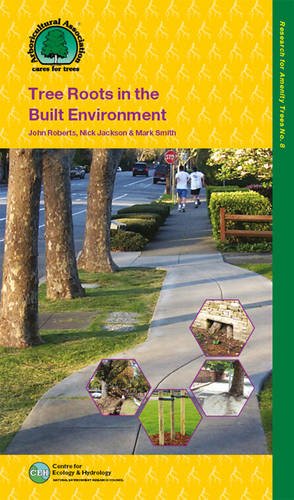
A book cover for Tree Roots in the Built Environment 2013 (Research for Amenity Trees); Stationery Office (Great Britain); Crafts, Hobbies & Home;